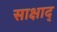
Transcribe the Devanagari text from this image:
साक्षाद्